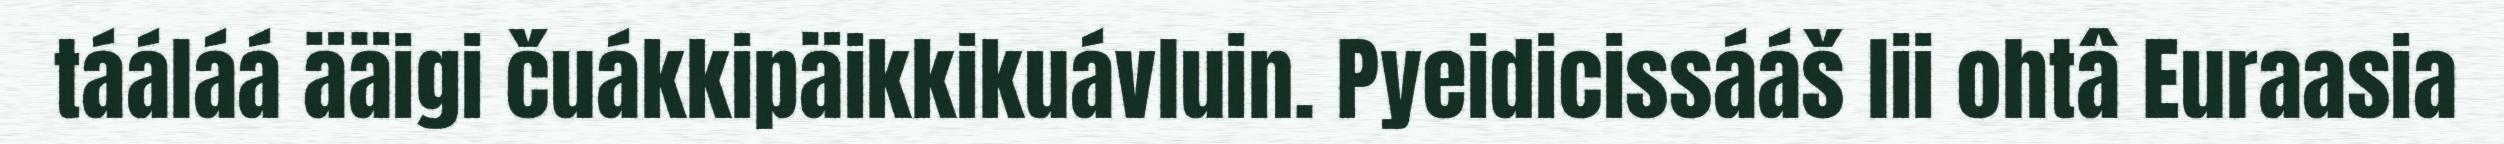
tááláá ääigi čuákkipäikkikuávluin. Pyeidicissááš lii ohtâ Euraasia